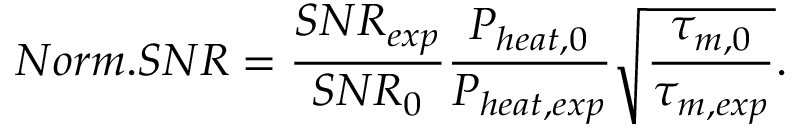
N o r m . S N R = \frac { S N R _ { e x p } } { S N R _ { 0 } } \frac { P _ { h e a t , 0 } } { P _ { h e a t , e x p } } \sqrt { \frac { \tau _ { m , 0 } } { \tau _ { m , e x p } } } .